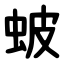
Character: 蚾